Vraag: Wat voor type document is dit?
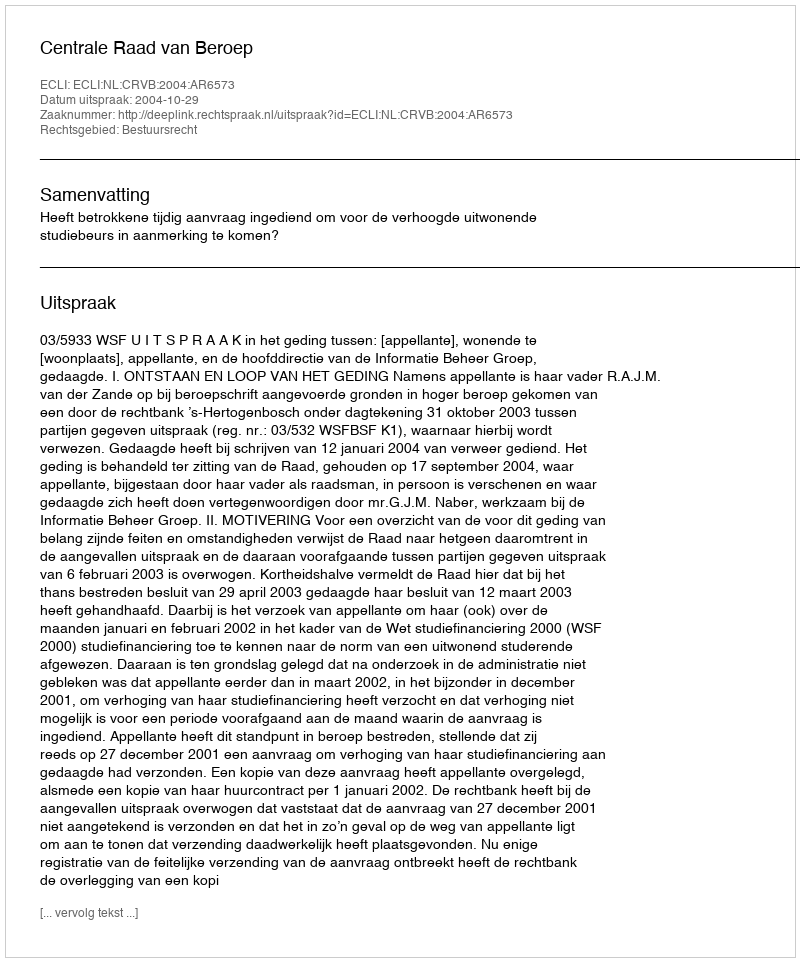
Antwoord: Uitspraak